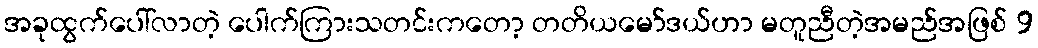
အခုထွက်ပေါ်လာတဲ့ ပေါက်ကြားသတင်းကတော့ တတိယမော်ဒယ်ဟာ မတူညီတဲ့အမည်အဖြစ် 9